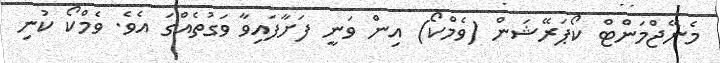
މެނޭޖްމަންޓް ކޯޕަރޭޝަން (ވެމްކޯ) އިން ވަނީ ފަށާފައިވާ ވަގުތެއްގަ އެވެ. ވެމްކޯ ކުނި